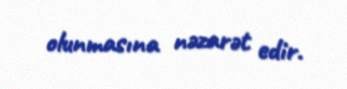
olunmasına nəzarət edir.